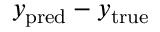
y _ { \mathrm { p r e d } } - y _ { \mathrm { t r u e } }